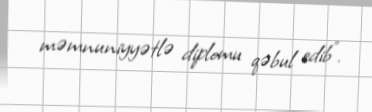
məmnuniyyətlə diplomu qəbul edib".